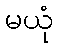
မယုံ